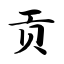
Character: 贡